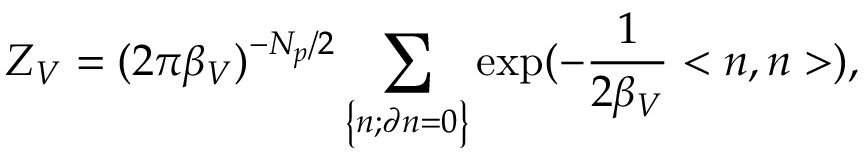
Z _ { V } = ( 2 \pi { \beta } _ { V } ) ^ { - N _ { p } / 2 } \sum _ { \left\{ n ; \partial n = 0 \right\} } \exp ( - \frac { 1 } { 2 { \beta } _ { V } } < n , n > ) ,